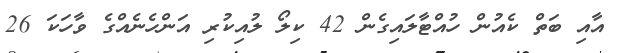
އާއި ބަތް ކެއުން ހުއްޓާލައިގެން 42 ކިލޯ ލުއިކުރި އަންހެނެއްގެ ވާހަކަ 26